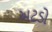
અટડો